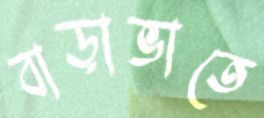
বাড়াভাতে